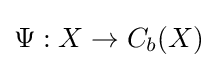
\Psi :X\rightarrow C_{b}(X)